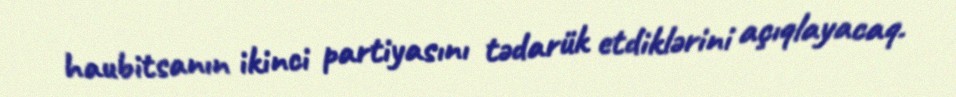
haubitsanın ikinci partiyasını tədarük etdiklərini açıqlayacaq.